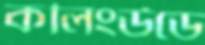
কলিংউডে